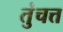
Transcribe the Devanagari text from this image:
तुंचत्त